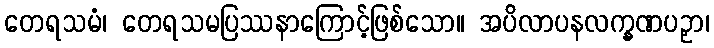
တေရသမံ၊ တေရသမပြဿနာကြောင့်ဖြစ်သော။ အပိလာပနလက္ခဏပဉှာ၊